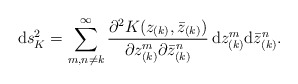
\begin{align*}{\rm d}s^2_K = \sum_{m,n\neq k}^{\infty}{\partial^2 K(z_{(k)}, {\bar z}_{(k)})\over\partial z_{(k)}^m \partial {\bar z}_{(k)}^n}\, {\rm d}z_{(k)}^m{\rm d}{\bar z}_{(k)}^n.\end{align*}